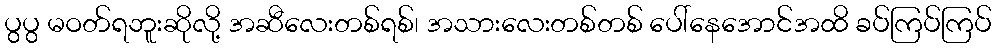
ပွပွ မဝတ်ရဘူးဆိုလို့ အဆီလေးတစ်ရစ်၊ အသားလေးတစ်တစ် ပေါ်နေအောင်အထိ ခပ်ကြပ်ကြပ်